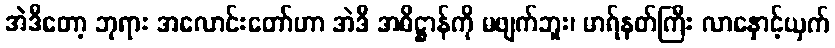
အဲဒီတော့ ဘုရား အလောင်းတော်ဟာ အဲဒီ အဓိဋ္ဌာန်ကို မဖျက်ဘူး၊ မာရ်နတ်ကြီး လာနှောင့်ယှက်